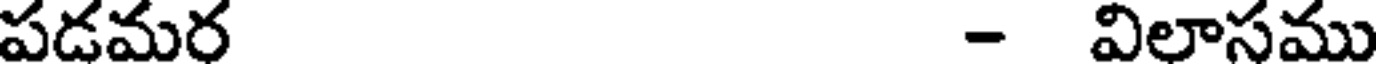
పడమర - విలాసము